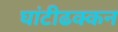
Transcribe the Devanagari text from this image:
घांटीढक्कन